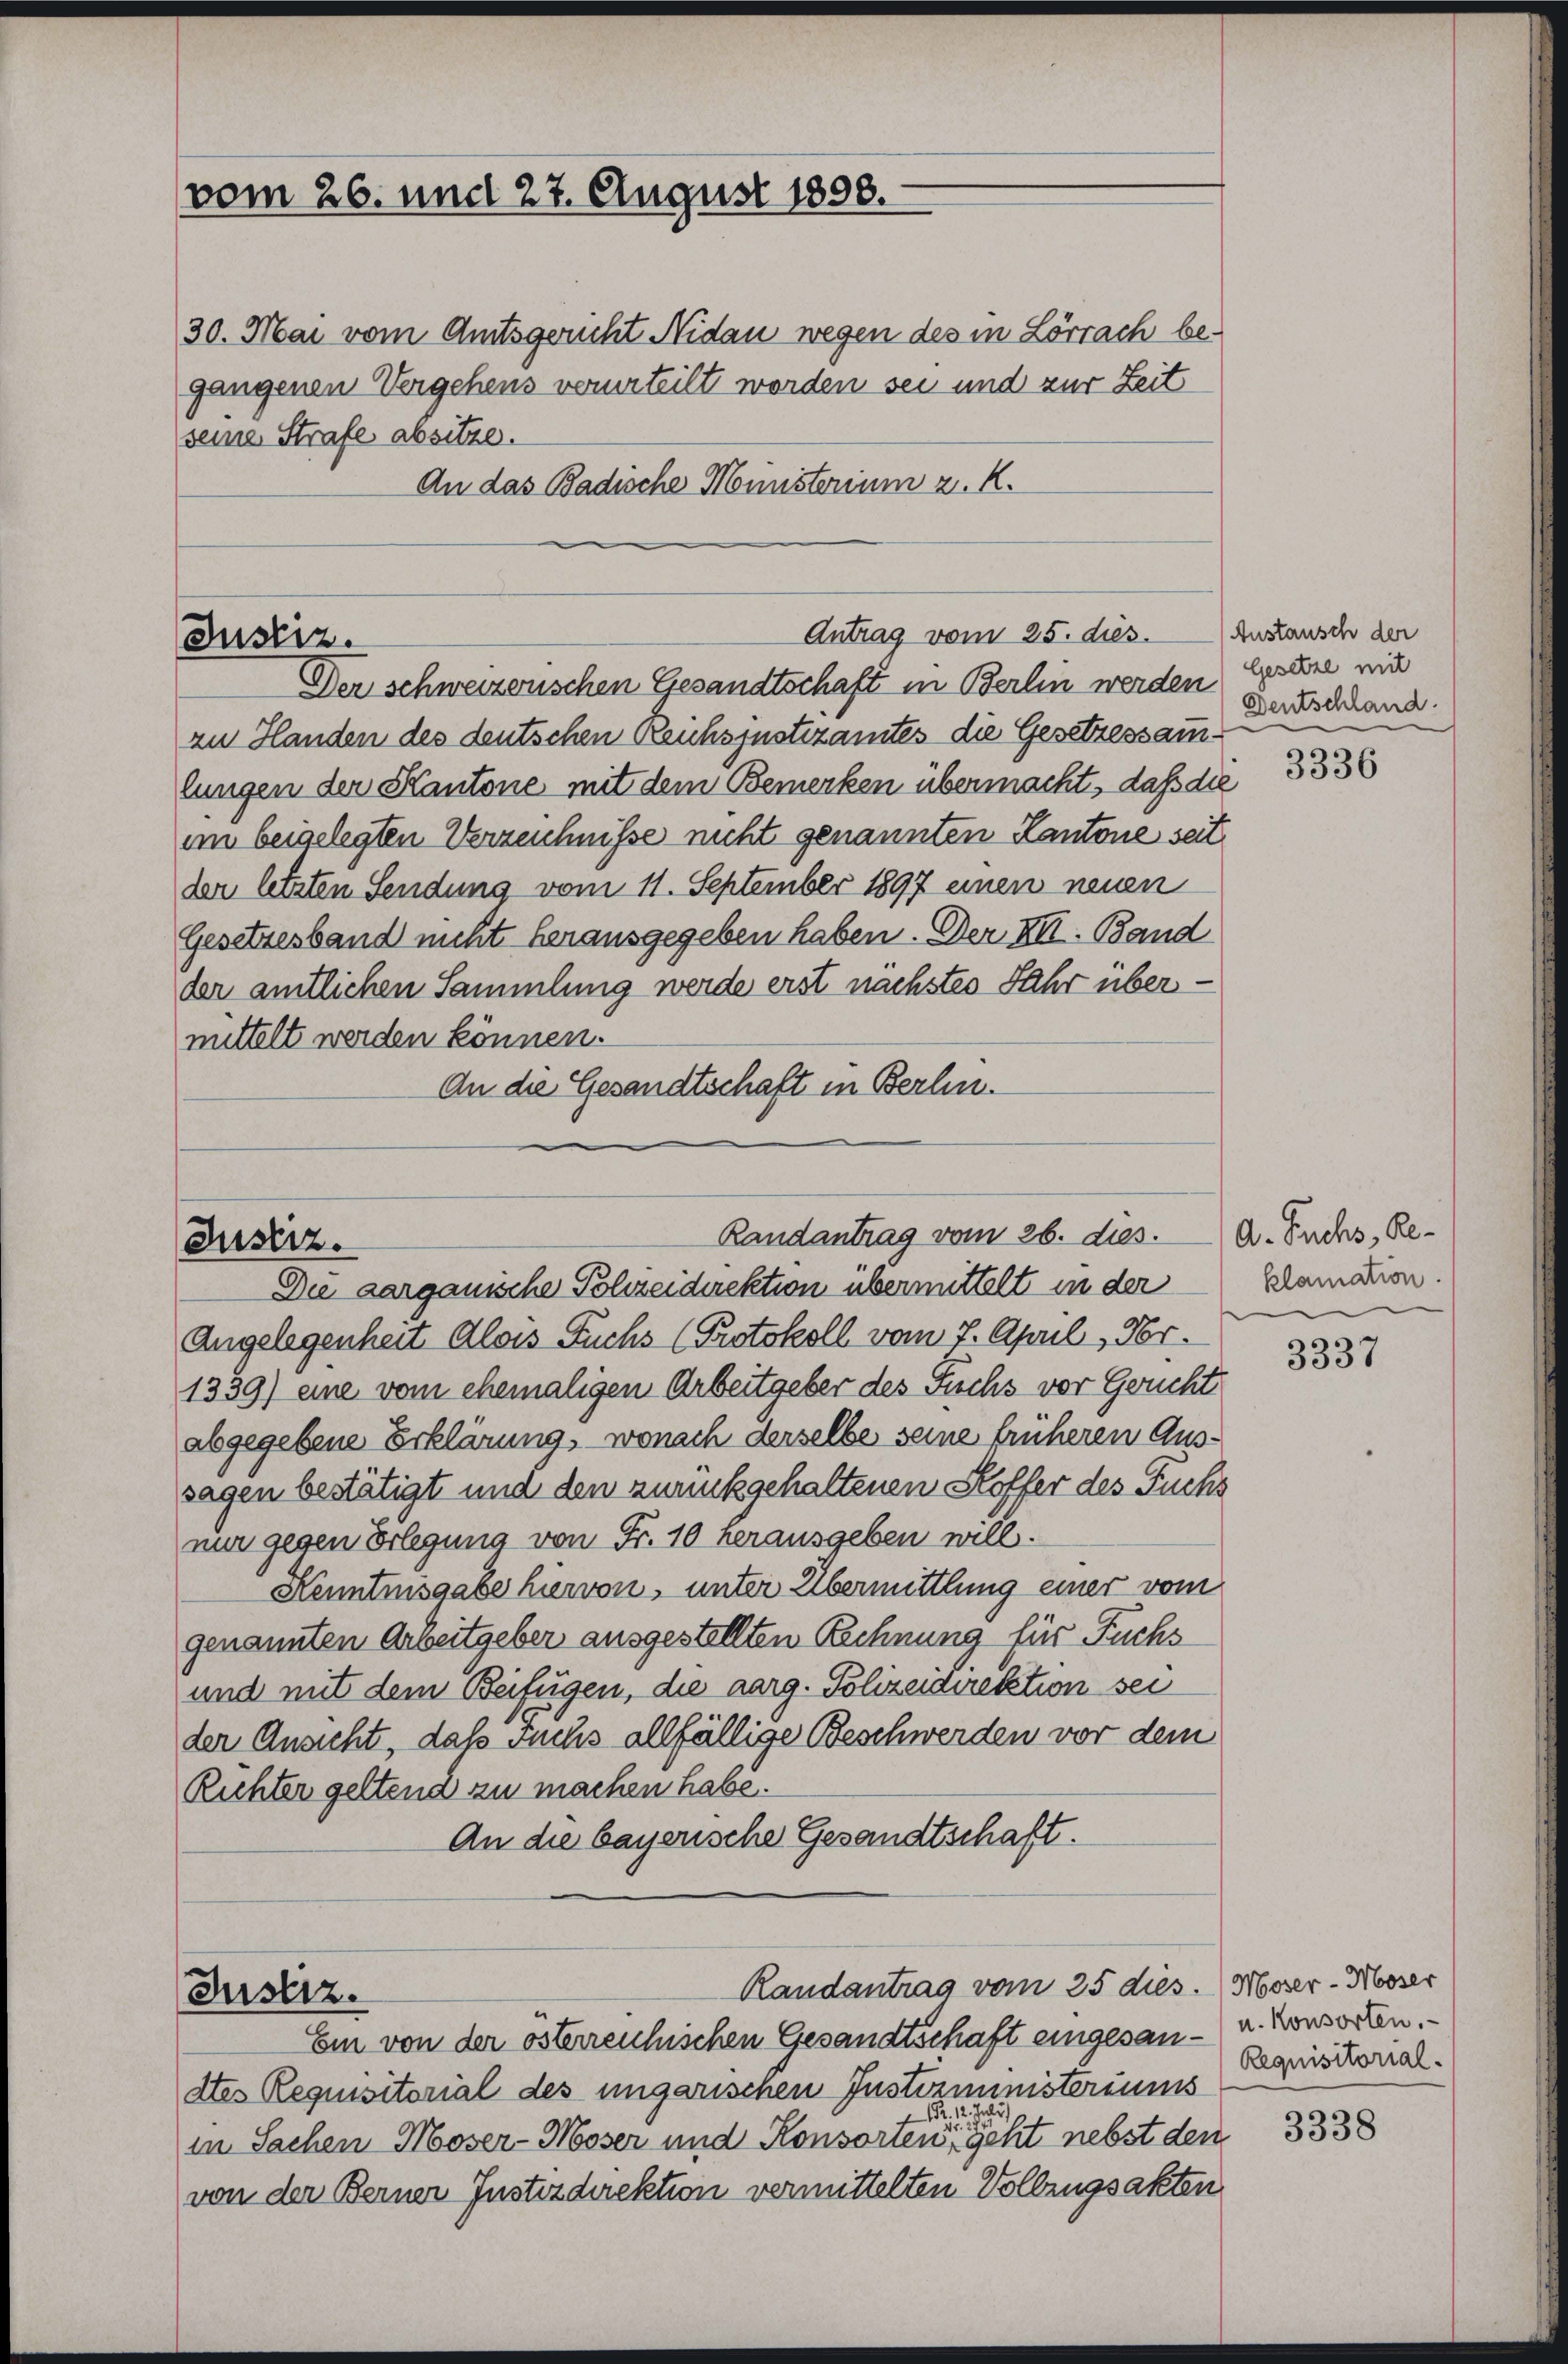
vom 26. und 27. August 1898.

30. Mai vom Amtsgericht Nidau wegen des in Lörrach begangenen Vergehens verurteilt worden sei und zur Zeit
seine Strafe absitze.
An das Badische Ministerium z. K.

Antrag vom 25. dies
Justiz.
Der schweizerischen Gesandtschaft in Berlin werden Geseine mit

zu Handen des deutschen Reuhsjustizamtes die Gesetzessammlungen der Kantone mit dem Bemerken übermacht, daß die
im beigelegten Verzeichnisse nicht genannten Kantone seit
der letzten Sendung vom 11. September 1897 einen neuen
Gesetzesband nicht herausgegeben haben. Der XIII. Band
der amtlichen Sammlung werde erst nächstes Jahr übermittelt werden können.
An die Gesandtschaft in Berlin.

Randantrag vom 26. dies. A. Suchs, Re¬
Justiz.

Die aarganische Polizeidirektion übermittelt in der
Angelegenheit Alois Fuchs (Protokoll vom 7. April, Nr.
1339) eine vom ehemaligen Arbeitgeber des Fuchs vor Gericht
abgegebene Erklärung, wonach derselbe seine früheren Aussagen bestätigt und den zurückgehaltenen Hoffer des Fuchs
nur gegen Erlegung von Fr. 10 herausgeben will.
Kenntnisgabe hiervon, unter Übermittlung einer vom
genannten Arbeitgeber ausgestellten Rechnung für Fuchs
und mit dem Beifügen, die aarg. Polizeidirektion sei
der Ansicht, daß suchs allfällige Beschwerden vor dem
Richter geltend zu machen habe.
An die bayerische Gesandtschaft.

Justiz.

Randantrag vom 25 dies. Moser-Moser
Ein von der österreichischen Gesandtschaft eingesan- u. Konsorten.

dtes Requisitorial des ungarischen Justizministeriums
Pr. 12.

in Sachen Moser-Moser und Konsorten, geht nebst den
von der Berner Instizdirektion vermittelten Vollzugsakten

Anstausch der
Dentschland.

3336

klamation

3337

Requisitorial.

3338